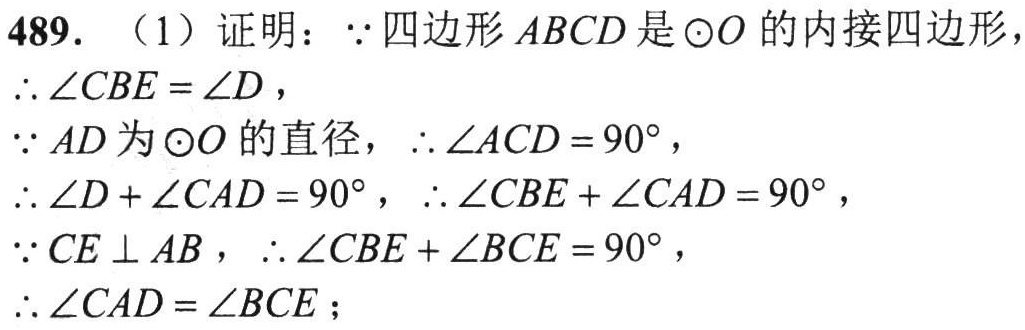
489. （1）证明：\(\because\)四边形\(ABCD\)是\(\odot O\)的内接四边形，
\(\therefore\angle CBE=\angle D\)，
\(\because AD\)为\(\odot O\)的直径，\(\therefore\angle ACD = 90^{\circ}\)，
\(\therefore\angle D+\angle CAD = 90^{\circ}\)，\(\therefore\angle CBE+\angle CAD = 90^{\circ}\)，
\(\because CE\perp AB\)，\(\therefore\angle CBE+\angle BCE = 90^{\circ}\)，
\(\therefore\angle CAD=\angle BCE\)；